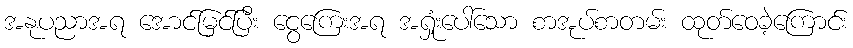
အနုပညာအရ အောင်မြင်ပြီး ငွေကြေးအရ အရှုံးပေါ်သော စာအုပ်စာတမ်း ထုတ်ဝေခဲ့ကြောင်း